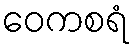
ဝေကစရံ